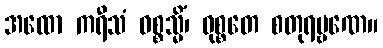
အထော ကရီသံ ဝစ္စသ္မိံ၊ ဝုစ္စတေ စတုရမ္ဗဏေ။